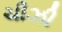
ચીઝી